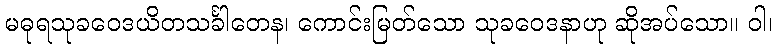
မဓုရသုခဝေဒယိတသင်္ခါတေန၊ ကောင်းမြတ်သော သုခဝေဒနာဟု ဆိုအပ်သော။ ဝါ၊